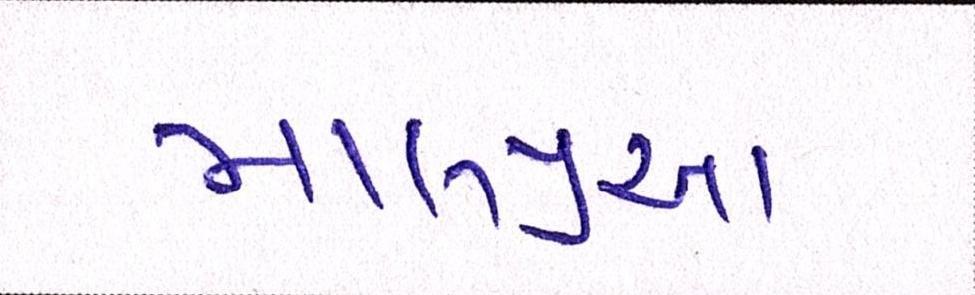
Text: માલપુઆ